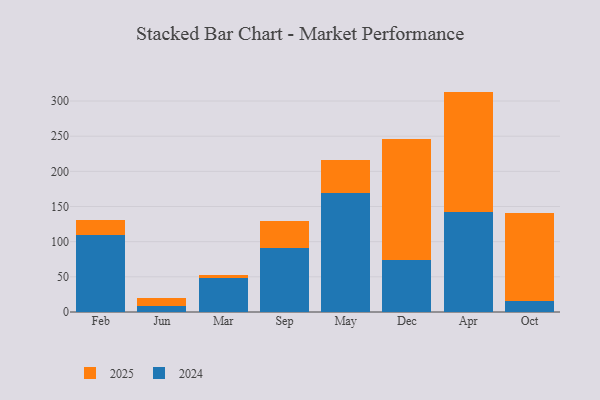
{"axis": {"x": "Month", "y": "Customer Acquisition Cost (USD)"}, "legend": ["2024", "2025"], "data": [{"x": "Feb", "y": 21.2, "type": "2025"}, {"x": "Feb", "y": 109.7, "type": "2024"}, {"x": "Jun", "y": 11.5, "type": "2025"}, {"x": "Jun", "y": 8.2, "type": "2024"}, {"x": "Mar", "y": 5.1, "type": "2025"}, {"x": "Mar", "y": 48.1, "type": "2024"}, {"x": "Sep", "y": 38.2, "type": "2025"}, {"x": "Sep", "y": 90.6, "type": "2024"}, {"x": "May", "y": 46.9, "type": "2025"}, {"x": "May", "y": 169.9, "type": "2024"}, {"x": "Dec", "y": 173.3, "type": "2025"}, {"x": "Dec", "y": 73.3, "type": "2024"}, {"x": "Apr", "y": 171.8, "type": "2025"}, {"x": "Apr", "y": 141.6, "type": "2024"}, {"x": "Oct", "y": 126.0, "type": "2025"}, {"x": "Oct", "y": 15.1, "type": "2024"}]}